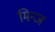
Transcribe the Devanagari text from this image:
मिन्ज